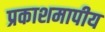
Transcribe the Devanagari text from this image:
प्रकाशमापीय